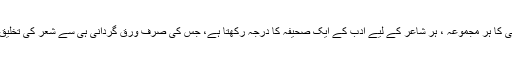
مجھے یہ کہنے میں کوئی عار نہیں ہے کہ رسا چغتائی کا ہر مجموعہ ، ہر شاعر کے لیے ادب کے ایک صحیفہ کا درجہ رکھتا ہے، جس کی صرف ورق گردانی ہی سے شعر کی تخلیق کے اسرار، اور زبان کی ندرتوں سے ٓگاہی ہوتی ہے۔